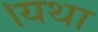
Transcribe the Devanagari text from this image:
।यथा